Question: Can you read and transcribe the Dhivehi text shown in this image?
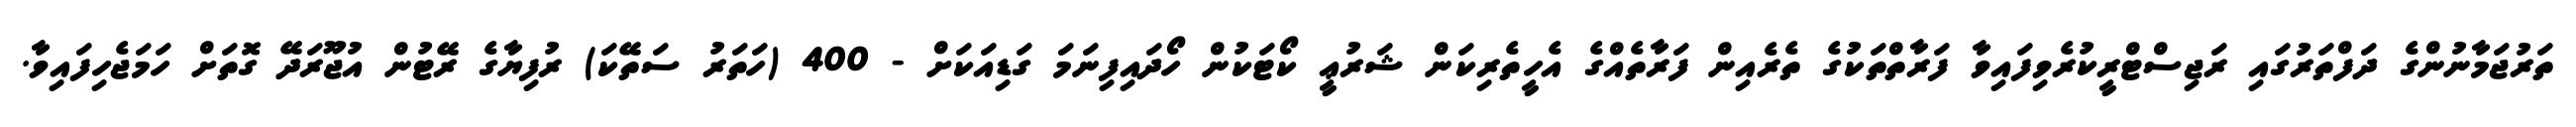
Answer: ތަރުޖަމާނުންގެ ދަފްތަރުގައި ރަޖިސްޓްރީކުރެވިފައިވާ ފަރާތްތަކުގެ ތެރެއިން ފަރާތެއްގެ އެހީތެރިކަން ޝަރުޢީ ކޯޓަކުން ހޯދައިފިނަމަ ގަޑިއަކަށް - 400 (ހަތަރު ސަތޭކަ) ރުފިޔާގެ ރޭޓުން އުޖޫރަދޭ ގޮތަށް ހަމަޖެހިފައިވާ.